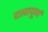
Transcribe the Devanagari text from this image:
दत्वाघूर्ण